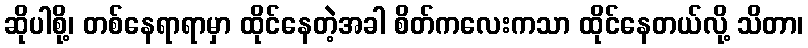
ဆိုပါစို့၊ တစ်နေရာရာမှာ ထိုင်နေတဲ့အခါ စိတ်ကလေးကသာ ထိုင်နေတယ်လို့ သိတာ၊